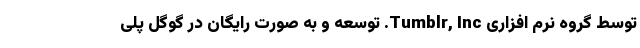
توسط گروه نرم افزاری Tumblr, Inc. توسعه و به صورت رایگان در گوگل پلی